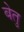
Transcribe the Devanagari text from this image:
बेतु